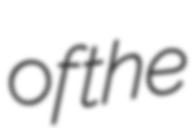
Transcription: of the